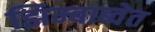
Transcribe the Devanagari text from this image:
झिम्बाब्वेत